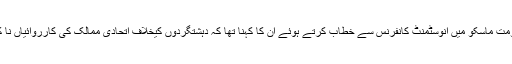
دارالحکومت ماسکو میں انوسٹمنٹ کانفرنس سے خطاب کرتے ہوئے ان کا کہنا تھا کہ دہشتگردوں کیخلاف اتحادی ممالک کی کارروائیاں نا کافی ہیں۔